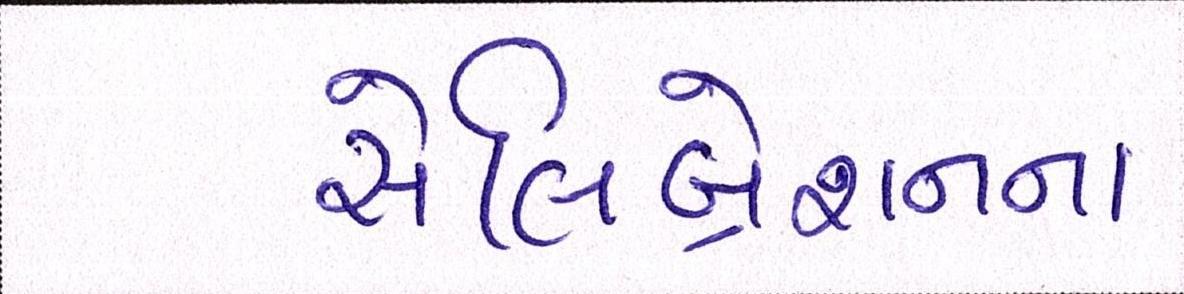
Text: સેલિબ્રેશનના